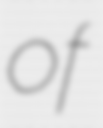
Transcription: of